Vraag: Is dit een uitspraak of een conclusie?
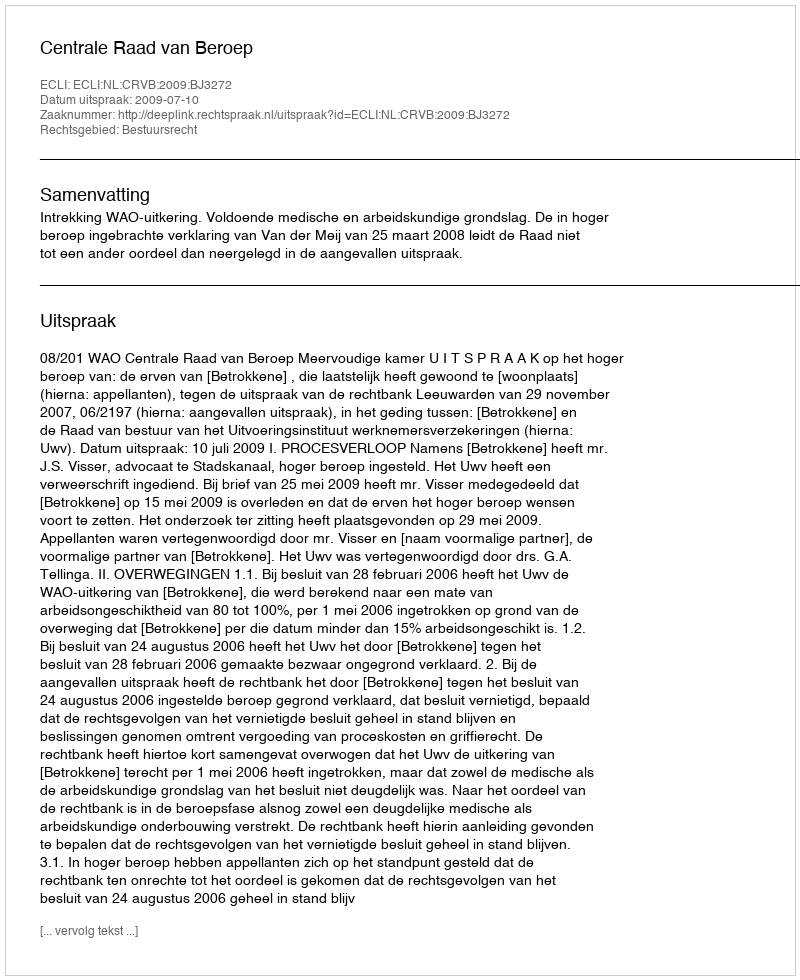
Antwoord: Uitspraak